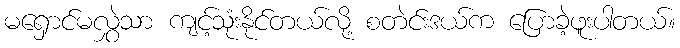
မရှောင်မလွှဲသာ ကျင့်သုံးနိုင်တယ်လို့ စတဲင်းဒယ်က ပြောခဲ့ဖူးပါတယ်။